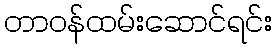
တာဝန်ထမ်းဆောင်ရင်း